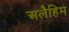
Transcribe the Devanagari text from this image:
अलैहिम